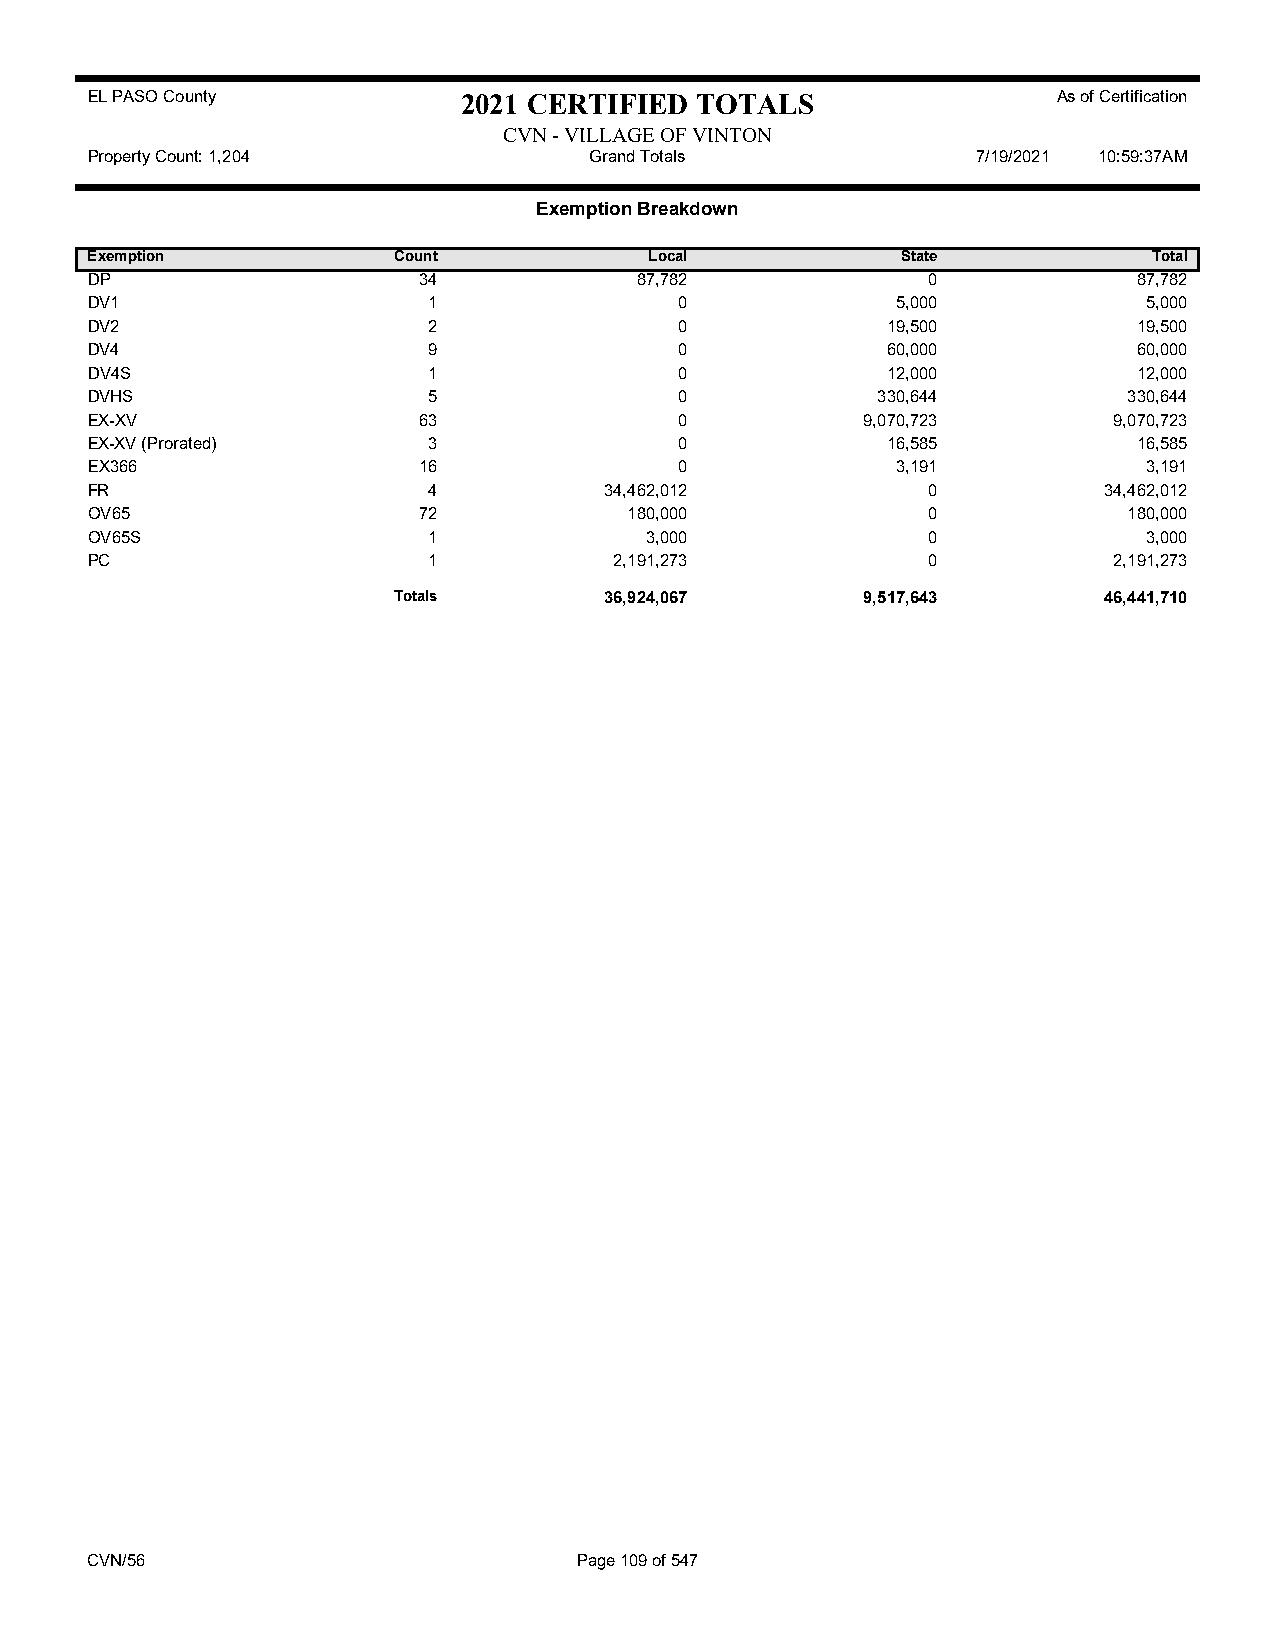
EL PASO County           2021 CERTIFIED TOTALS                  As of Certification
 CVN - VILLAGE OF VINTON
 Property Count: 1,204            Grand Totals              7/19/2021 10:59:37AM
 Exemption Breakdown
 Exemption           Count            Local            State           Total
 DP                    34            87,782             0             87,782
 DV1                   1                0             5,000            5,000
 DV2                   2                0             19,500          19,500
 DV4                   9                0             60,000          60,000
 DV4S                  1                0             12,000          12,000
 DVHS                  5                0            330,644          330,644
 EX-XV                 63               0           9,070,723        9,070,723
 EX-XV (Prorated)      3                0             16,585          16,585
 EX366                 16               0             3,191            3,191
 FR                    4           34,462,012           0           34,462,012
 OV65                  72            180,000            0             180,000
 OV65S                 1              3,000             0              3,000
 PC                    1            2,191,273           0            2,191,273
 Totals        36,924,067       9,517,643       46,441,710
 CVN/56                          Page 109 of 547